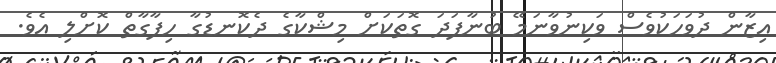
އިޒާން ދުވަހަކުވެސް ވަކިނުވާނަމޭ ބުނާފަދަ ގޮތަކަށް މިޝްކާގެ ދެކޮނޑުގާ ހިފާގާތް ކޮށްލި އެވެ.